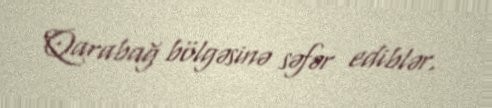
Qarabağ bölgəsinə səfər ediblər.